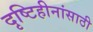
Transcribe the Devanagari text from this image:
दृष्टिहीनांसाठी